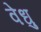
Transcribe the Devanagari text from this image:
वेधु